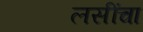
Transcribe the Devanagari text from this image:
लसींचा